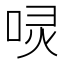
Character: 𠴌